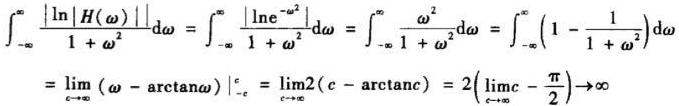
\[
\begin{align*}
\int_{-\infty}^{\infty} \frac{|\ln |H(\omega)||}{1 + \omega^{2}} \mathrm{d}\omega&=\int_{-\infty}^{\infty} \frac{|\ln e^{-\omega^{2}}|}{1 + \omega^{2}} \mathrm{d}\omega=\int_{-\infty}^{\infty} \frac{\omega^{2}}{1 + \omega^{2}} \mathrm{d}\omega=\int_{-\infty}^{\infty} \left(1 - \frac{1}{1 + \omega^{2}}\right) \mathrm{d}\omega\\
&=\left.\lim_{c \to \infty} (\omega - \arctan\omega)\right|_{-c} ^{c}=\lim_{c \to \infty}2(c - \arctan c)=2\left(\lim_{c \to \infty}c - \frac{\pi}{2}\right)\to\infty
\end{align*}
\]